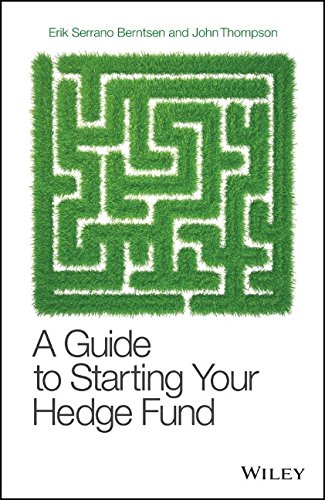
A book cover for A Guide to Starting Your Hedge Fund (Wiley Finance); Erik Serrano Berntsen; Business & Money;